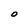
Character: O